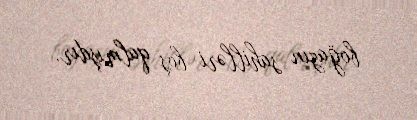
boğazın sahilləri boş qalmışdır.